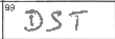
Transcription: DST